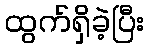
ထွက်ရှိခဲ့ပြီး